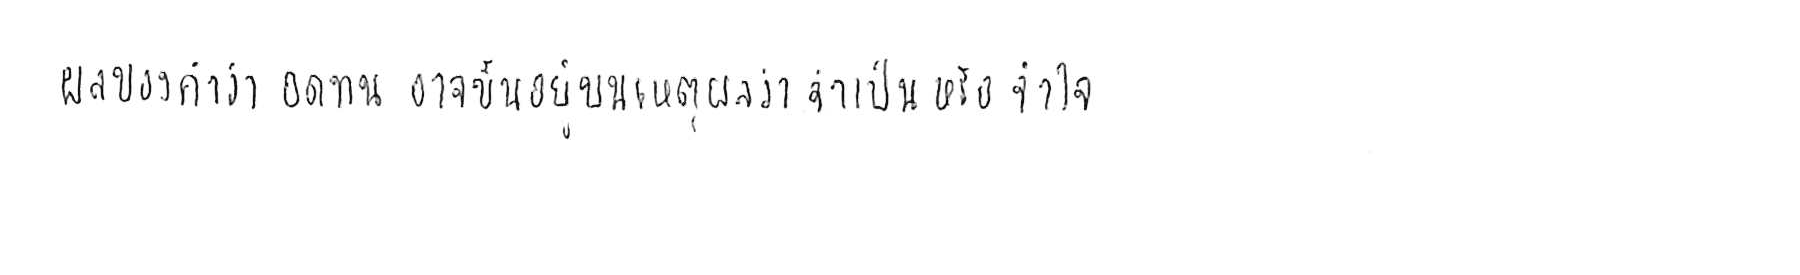
ผลของคำว่า อดทน อาจขึ้นอยู่บนเหตุผลว่า จำเป็น หรือ จำใจ